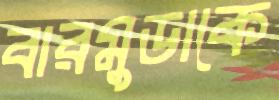
বারমুডাকে